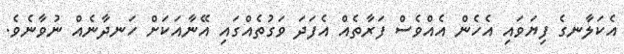
އެކަލާނގެ ފިޔަވައި އެހެން އެއްވެސް ފަރާތެއް އެފަދަ ވަގުތެއްގައި އޭނާއަކަށް ހަނދާނެއް ނުވާނެވެ.